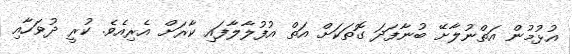
އުޅުމުން އަތްނުލާށޭ ބުނާފަދަ ގޮތަކަށް އަތް އުފުލާލާފައި ކާރަށް އެރިއެވެ. ކުރީ ދުވަހާއި